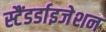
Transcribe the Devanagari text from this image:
स्टैंडर्डाइजेशन